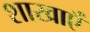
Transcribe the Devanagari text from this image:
शाखाऍं